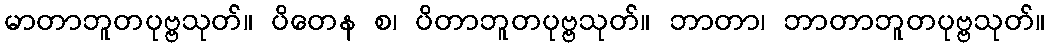
မာတာဘူတပုဗ္ဗသုတ်။ ပိတေန စ၊ ပိတာဘူတပုဗ္ဗသုတ်။ ဘာတာ၊ ဘာတာဘူတပုဗ္ဗသုတ်။